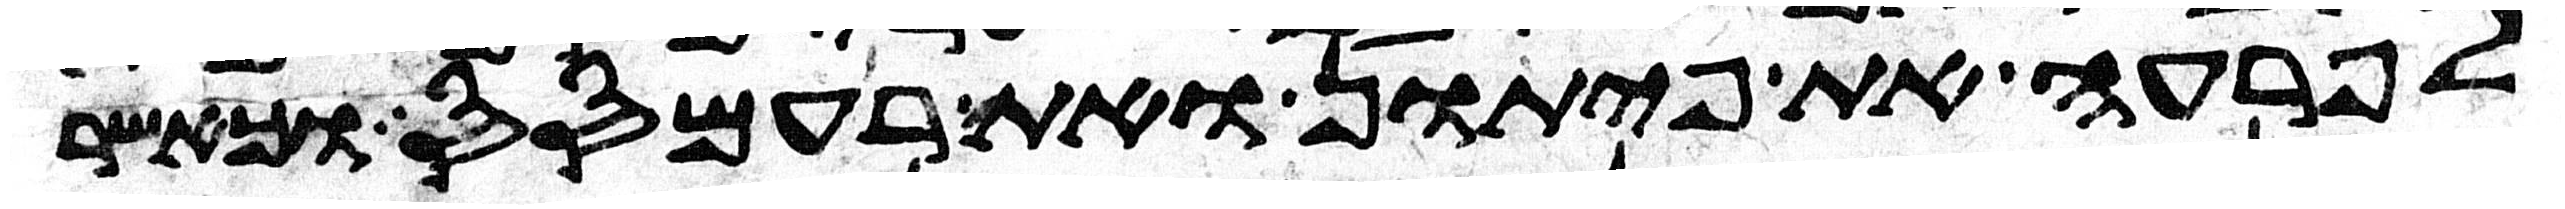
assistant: לפרעה את פיתון ואת רעמסס וכאשר